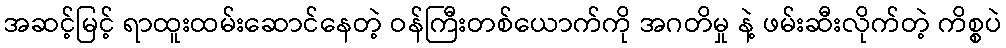
အဆင့်မြင့် ရာထူးထမ်းဆောင်နေတဲ့ ဝန်ကြီးတစ်ယောက်ကို အဂတိမှု နဲ့ ဖမ်းဆီးလိုက်တဲ့ ကိစ္စပဲ